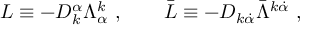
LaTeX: L \equiv - D _ { k } ^ { \alpha } \Lambda _ { \alpha } ^ { k } \ , \qquad \bar { L } \equiv - D _ { k \dot { \alpha } } \bar { \Lambda } ^ { k \dot { \alpha } } \ ,